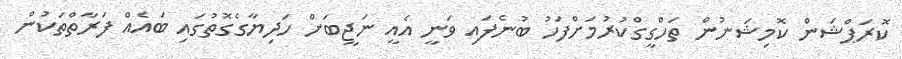
ކޮރަޕްޝަން ކޮމިޝަނުން ތަހްގީގްކުރުމަށްފަހު ބުނެފައި ވަނީ އެއީ ނަޖީބަށް ހަދިޔާގެގޮތުގައި ބައެއް ފަރާތްތަކުން